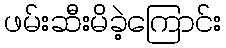
ဖမ်းဆီးမိခဲ့ကြောင်း